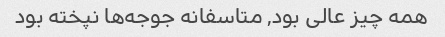
همه چیز عالی بود, متاسفانه جوجه‌ها نپخته بود